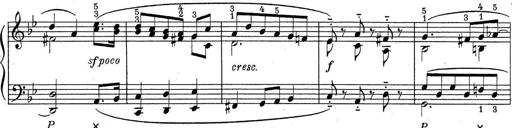
Title: ÄŒeskÃ© Sonatiny
Composer: Various